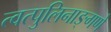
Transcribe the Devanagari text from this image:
त्वत्पुलिनाङ्गणे